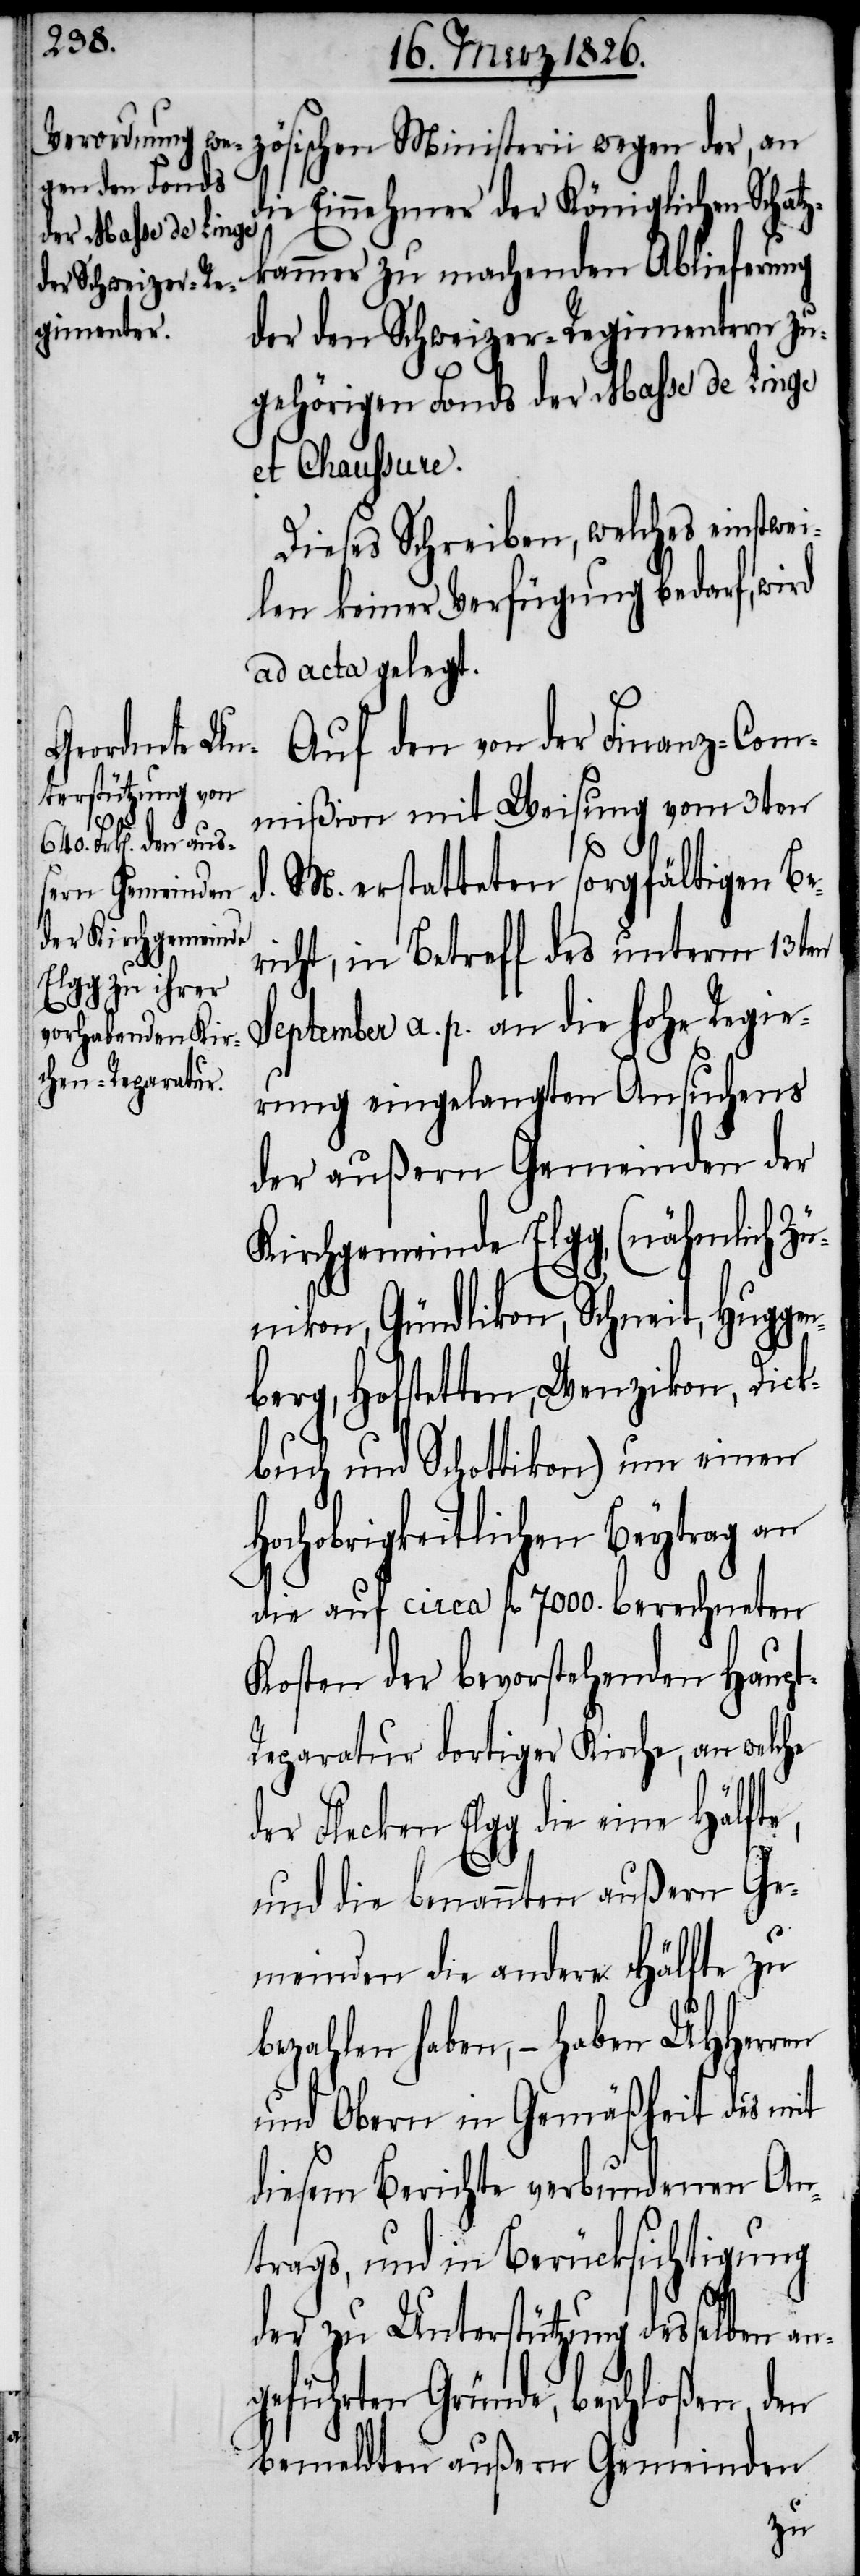
d¬

zösischen Ministerii wegen der, an
ie Einnehmer der Königlichen Schat¬
zkammer zu machenden Ablieferung
der den Schweizer-Regimentern zu¬
gehörigen Fonds der Masse de Linge
et Chaussure.
Dieses Schreiben, welches einstwei¬
len keiner Verfügung bedarf, wird
ad acta gelegt.
Auf den von der Finanz-Com¬
mißion mit Weisung vom 3ten
d. M. erstatteten sorgfältigen Be¬
richt, in Betreff des unterm 13ten
September a. p. an die hohe Regie¬
rung eingelangten Ansuchens
der außern Gemeinden der
Kirchgemeinde Elgg, (nähmlich Z¬
ünikon, Gündlikon, Schneit, Huggen¬
berg, Hofstetten, Wenzikon, Dick¬
buch und Schottikon) um einen
Hochobrigkeitlichen Beytrag an
die auf circa fl. 7000. berechneten
Kosten der bevorstehenden Haupt-R¬
eparatur dortiger Kirche, an welche
der Flecken Elgg die eine Hälfte,
und die benannten außern Ge¬
meinden die andere Hälfte zu
bezahlen haben, – haben UHHerren
und Obern in Gemäßheit des mit
diesem Berichte verbundenen An¬
trags, und in Berücksichtigung
der zu Unterstützung desselben an¬
geführten Gründe, beschloßen, den
bemeldten außern Gemeinden